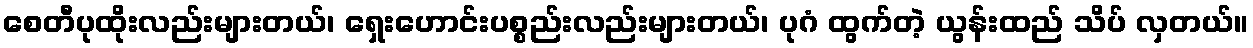
စေတီပုထိုးလည်းများတယ်၊ ရှေးဟောင်းပစ္စည်းလည်းများတယ်၊ ပုဂံ ထွက်တဲ့ ယွန်းထည် သိပ် လှတယ်။